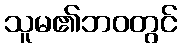
သူမ၏ဘဝတွင်